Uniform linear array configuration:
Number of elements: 8
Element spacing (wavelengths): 0.5
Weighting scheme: cosine
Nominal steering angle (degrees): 30
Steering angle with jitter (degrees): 29.669
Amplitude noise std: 0.05
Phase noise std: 0.05

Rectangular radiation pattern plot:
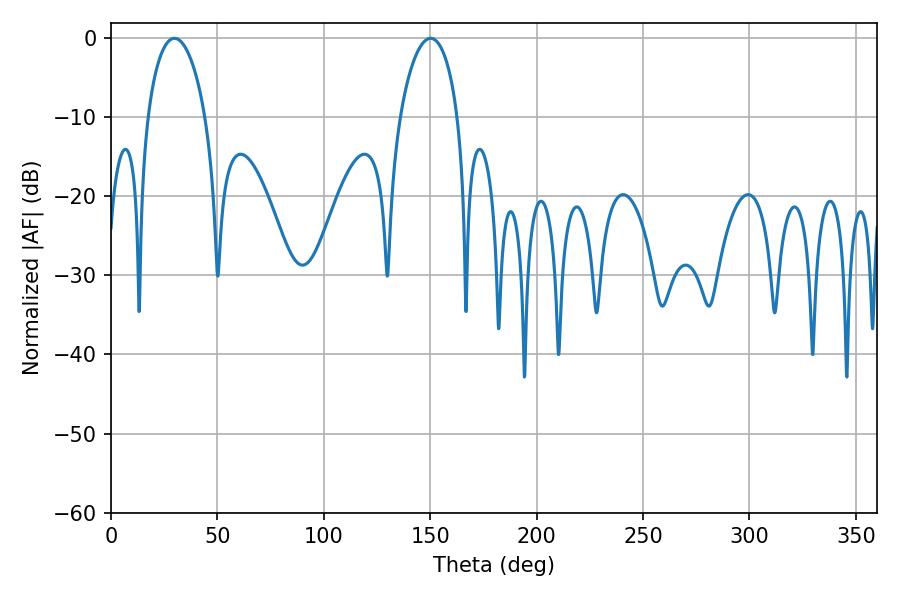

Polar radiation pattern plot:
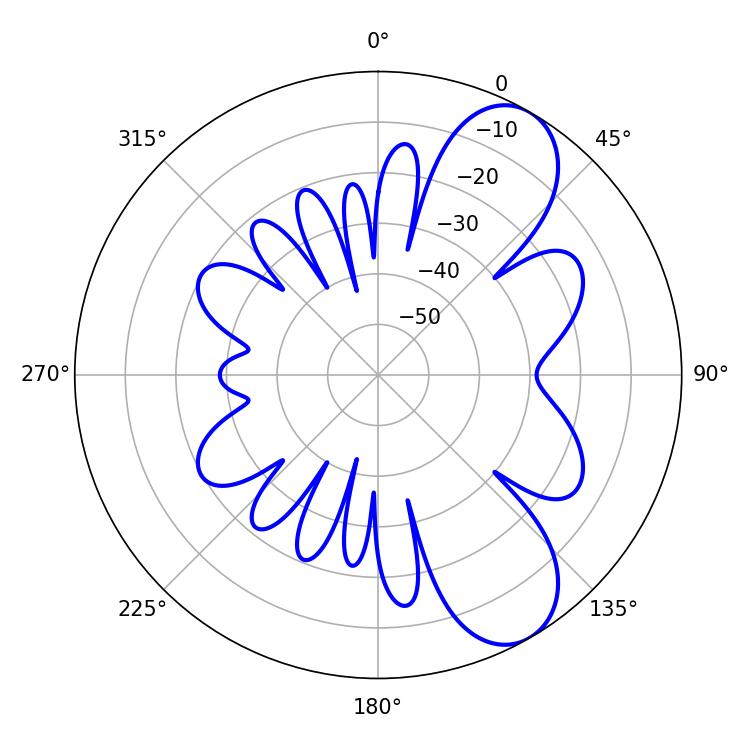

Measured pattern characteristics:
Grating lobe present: FALSE
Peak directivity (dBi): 8.328
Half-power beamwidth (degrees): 15.48
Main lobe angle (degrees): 29.88